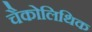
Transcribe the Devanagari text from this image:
चैकोलिथिक